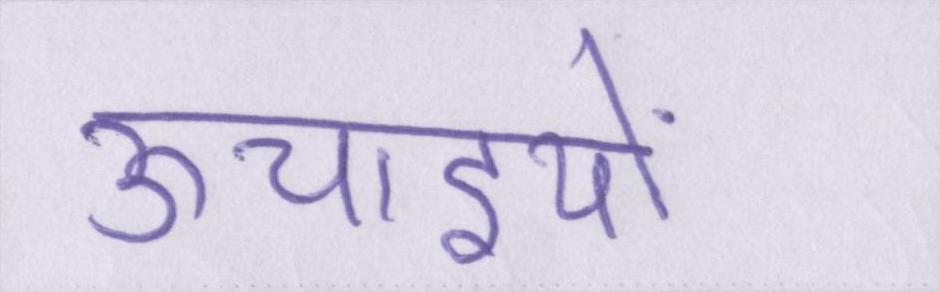
ऊचाइयों